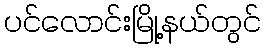
ပင်လောင်းမြို့နယ်တွင်